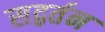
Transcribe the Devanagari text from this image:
सद्वर्तन